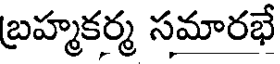
బ్రహ్మకర్మ సమారభే